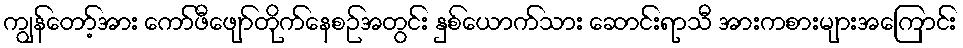
ကျွန်တော့်အား ကော်ဖီဖျော်တိုက်နေစဉ်အတွင်း နှစ်ယောက်သား ဆောင်းရာသီ အားကစားများအကြောင်း